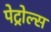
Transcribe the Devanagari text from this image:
पेट्रोल्स